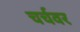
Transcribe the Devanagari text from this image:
चर्चवर